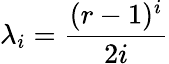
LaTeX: \lambda_{i}={\frac{(r-1)^{i}}{2i}}